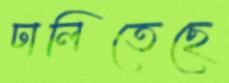
ঢালিতেছে